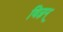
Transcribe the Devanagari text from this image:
विज्ञन्